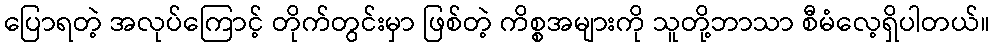
ပြောရတဲ့ အလုပ်ကြောင့် တိုက်တွင်းမှာ ဖြစ်တဲ့ ကိစ္စအများကို သူတို့ဘာသာ စီမံလေ့ရှိပါတယ်။